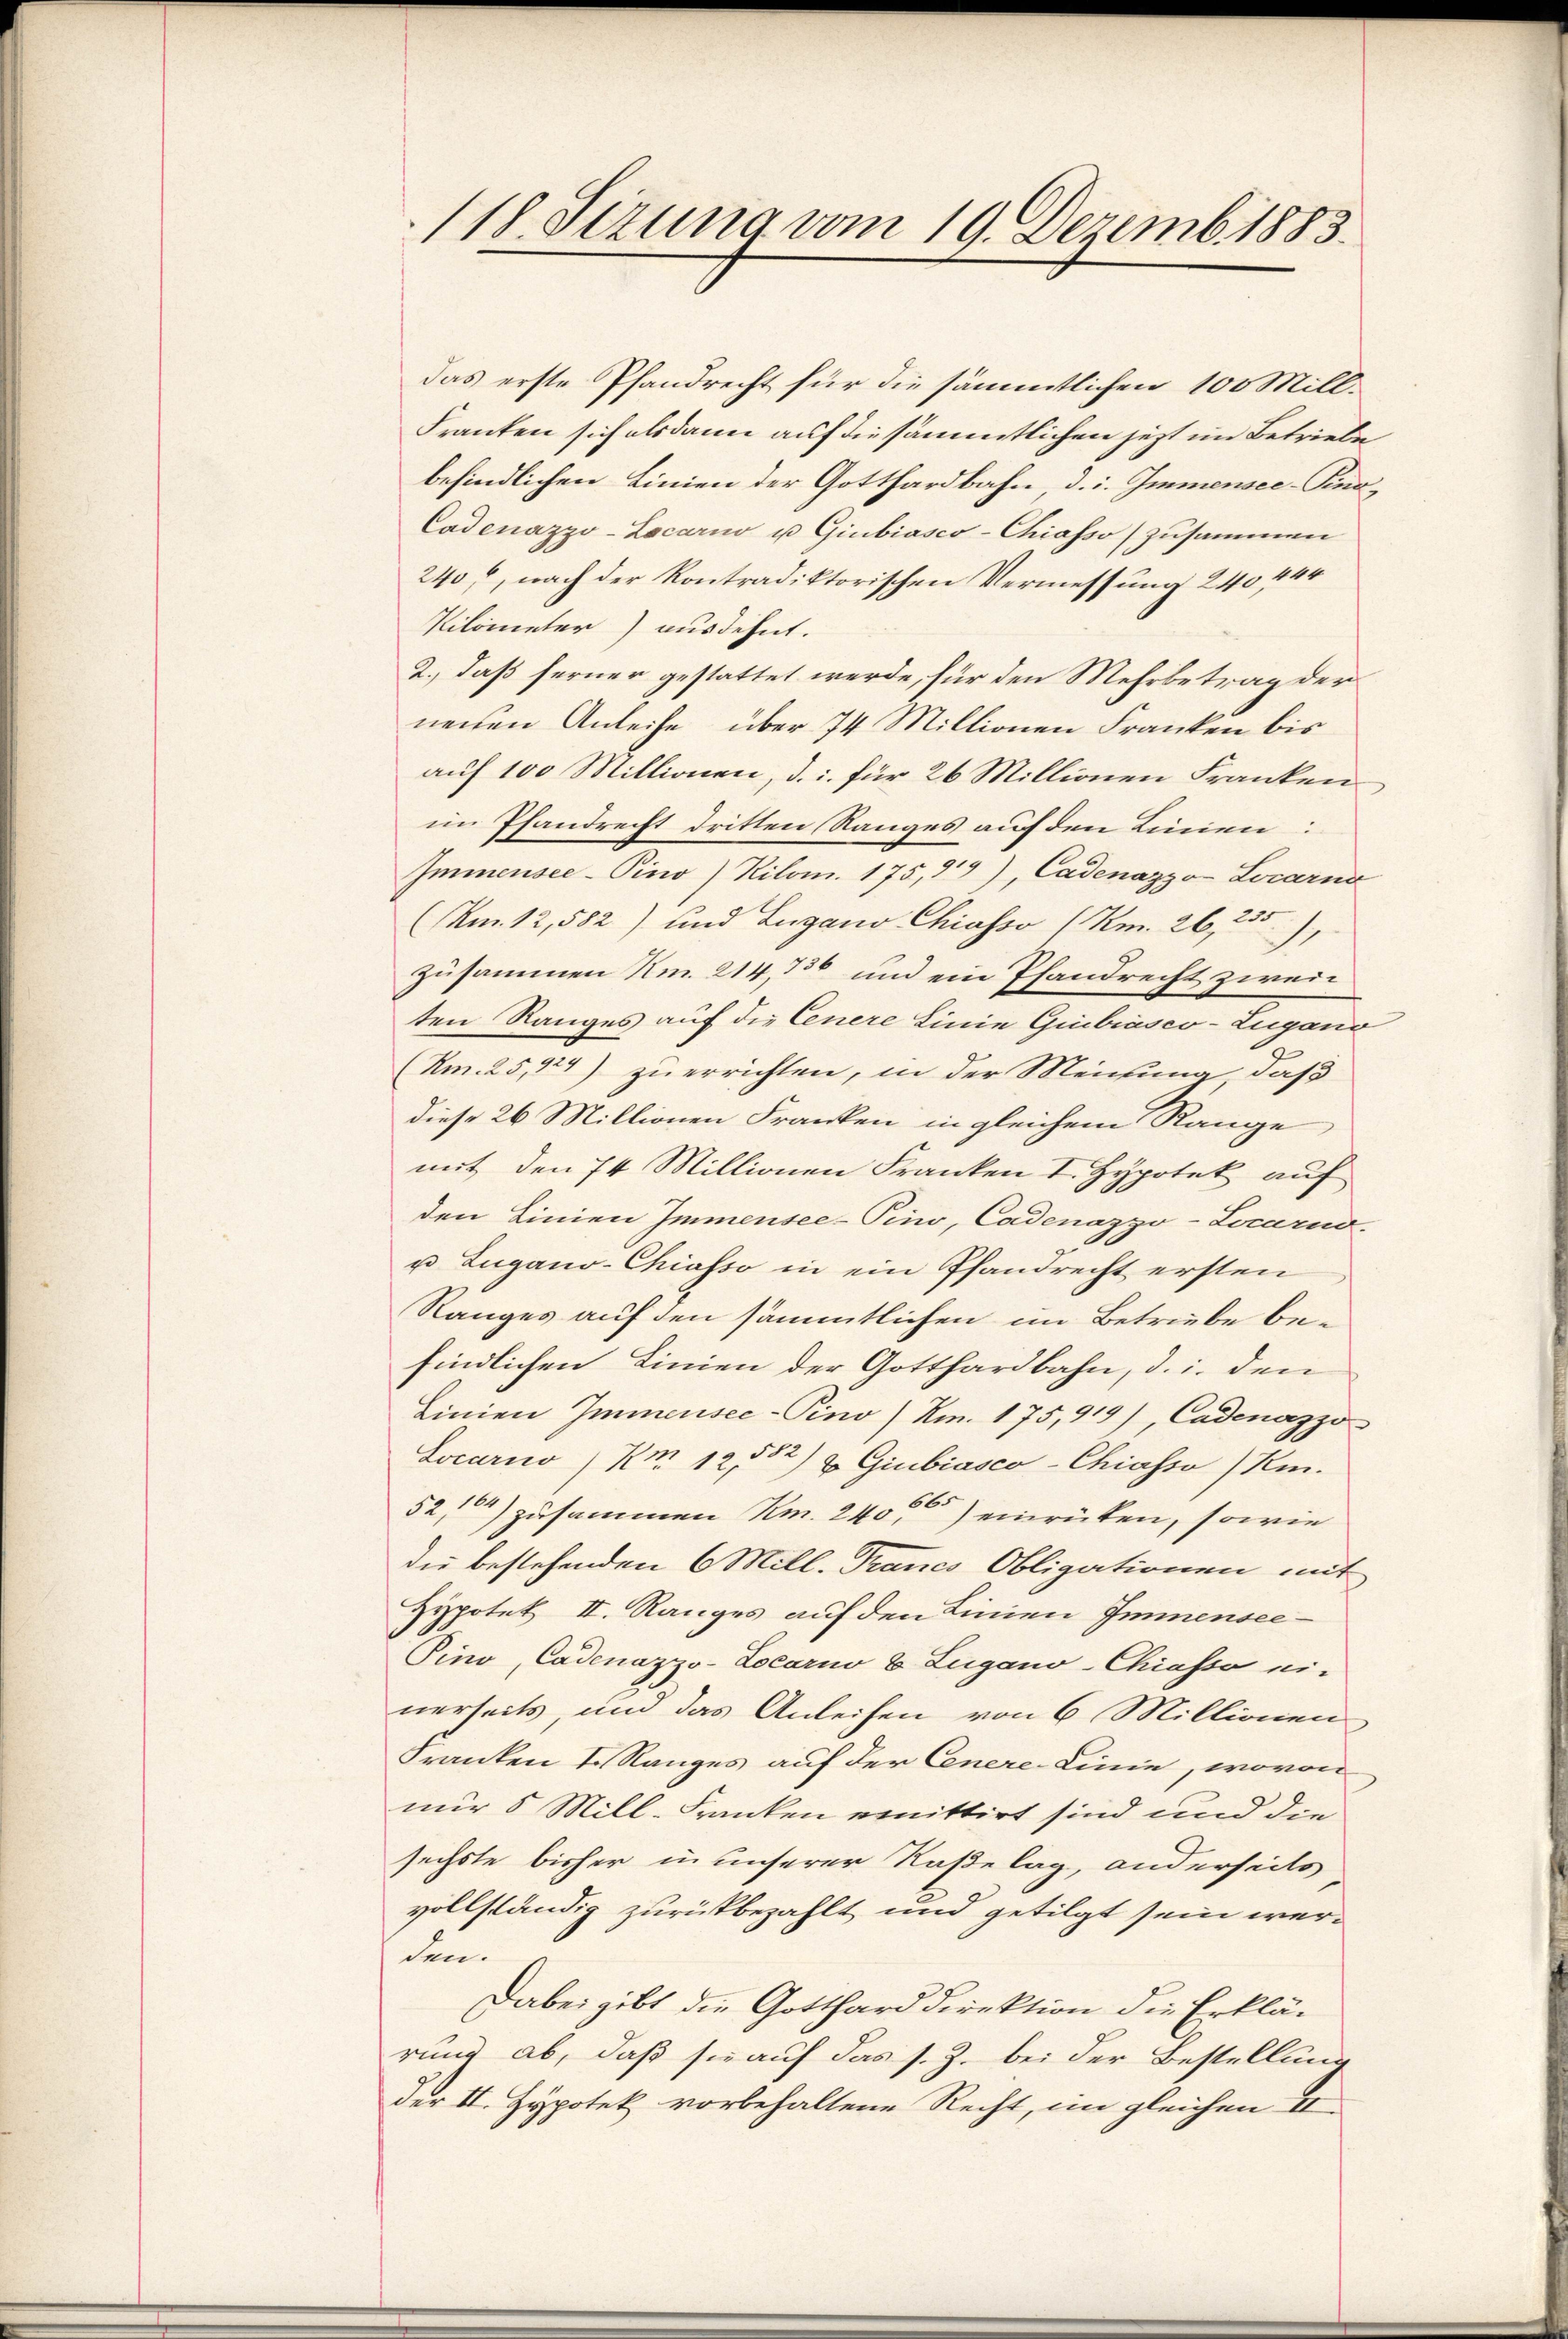
das erste Pfandrecht für die sämmtlichen 100 Mill¬
Franken sich alsdann auf die sämmtlichen jetzt im Betriebe
befindlichen Linien der Gotthardbahn, d.i. Immensee–Pino,
Cadenazzo-Locarno u Giubiasco-Chiasso zusammen
240, nach der kontradiktorischen Vermessung 240 440
Kilometer) ausdehnt.
2., daß ferner gestattet werde, für den Mehrbetrag der
neiden Anleihe, über 74 Millionen Franken bis
auf 100 Millionen, d. i. für 26 Millionen Franken.
im Pfandrecht dritten Ranges auf den Linien:
Immensee–Pino) Kilom. 175, 519), Cadenazzo-Locarna
(Am. 12,582) und Lugano Chiasso (Km. 26, 335
1
zusammen Am. 214,736 und ein Pfandrecht zweiten Ranges auf die Cenere Linie Giubiasco-Lugano
(Am. 25, 124) zu errichten, in der Meichung, daß
diese 26 Millionen Franken in gleichem Range
mit den 74 Millionen Franken I. Hypotek auf
den Linien Immensee–Pino, Cadenazzo-Locarnd.
u Lugano-Chiasso in ein Pfandrecht ersten
Ranges auf den sämmtlichen im Betriebe befindlichen Linien der Gotthardbahn, d. i. den
Linien Immensee–Pino) Am. 175,919) Cadenazzo
Locarno /Km. 12,582) & Giubiasco-Chiasso /Km.
52, 164) zusammen Kr. 2405) einrücken, sowie
die bestehenden 6 Mill. Trancs Obligationen mit
Hypotek II. Ranges auf den Linien Immensee¬
Pino, Cadenazzo-Locarno 8 Lugano-Chiasso ei-
nerseits, und das Anleihen von 6 Millionen
Franken I. Ranges auf der Cenere-Linie, wovon
nur 5 Mill-Franken emittirt sind und die
sechste bisher in unserer Raße lag, anderseits
vollständig zurückbezahlt und getilgt sein werden.
Dabei gibt die Gotthard Direktion die Erklä-
rung ab, daß sie auf das s. Z. bei der Bestellung
der II. Hypotek vorbehaltene Recht, im gleichen I

118. Sizung vom 19. Dezemb. 1883.